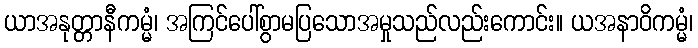
ယာအနုတ္တာနီကမ္မံ၊ အကြင်ပေါ်စွာမပြသောအမှုသည်လည်းကောင်း။ ယအနာဝိကမ္မံ၊